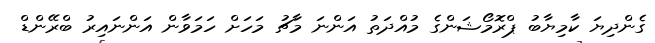
ގެންދިޔަ ކާމިޔާބު ޕްރޮމޯޝަންގެ މުއްދަތު އަންނަ މާޗު މަހަށް ހަމަވާން އަންނައިރު ބްރޭންޑް